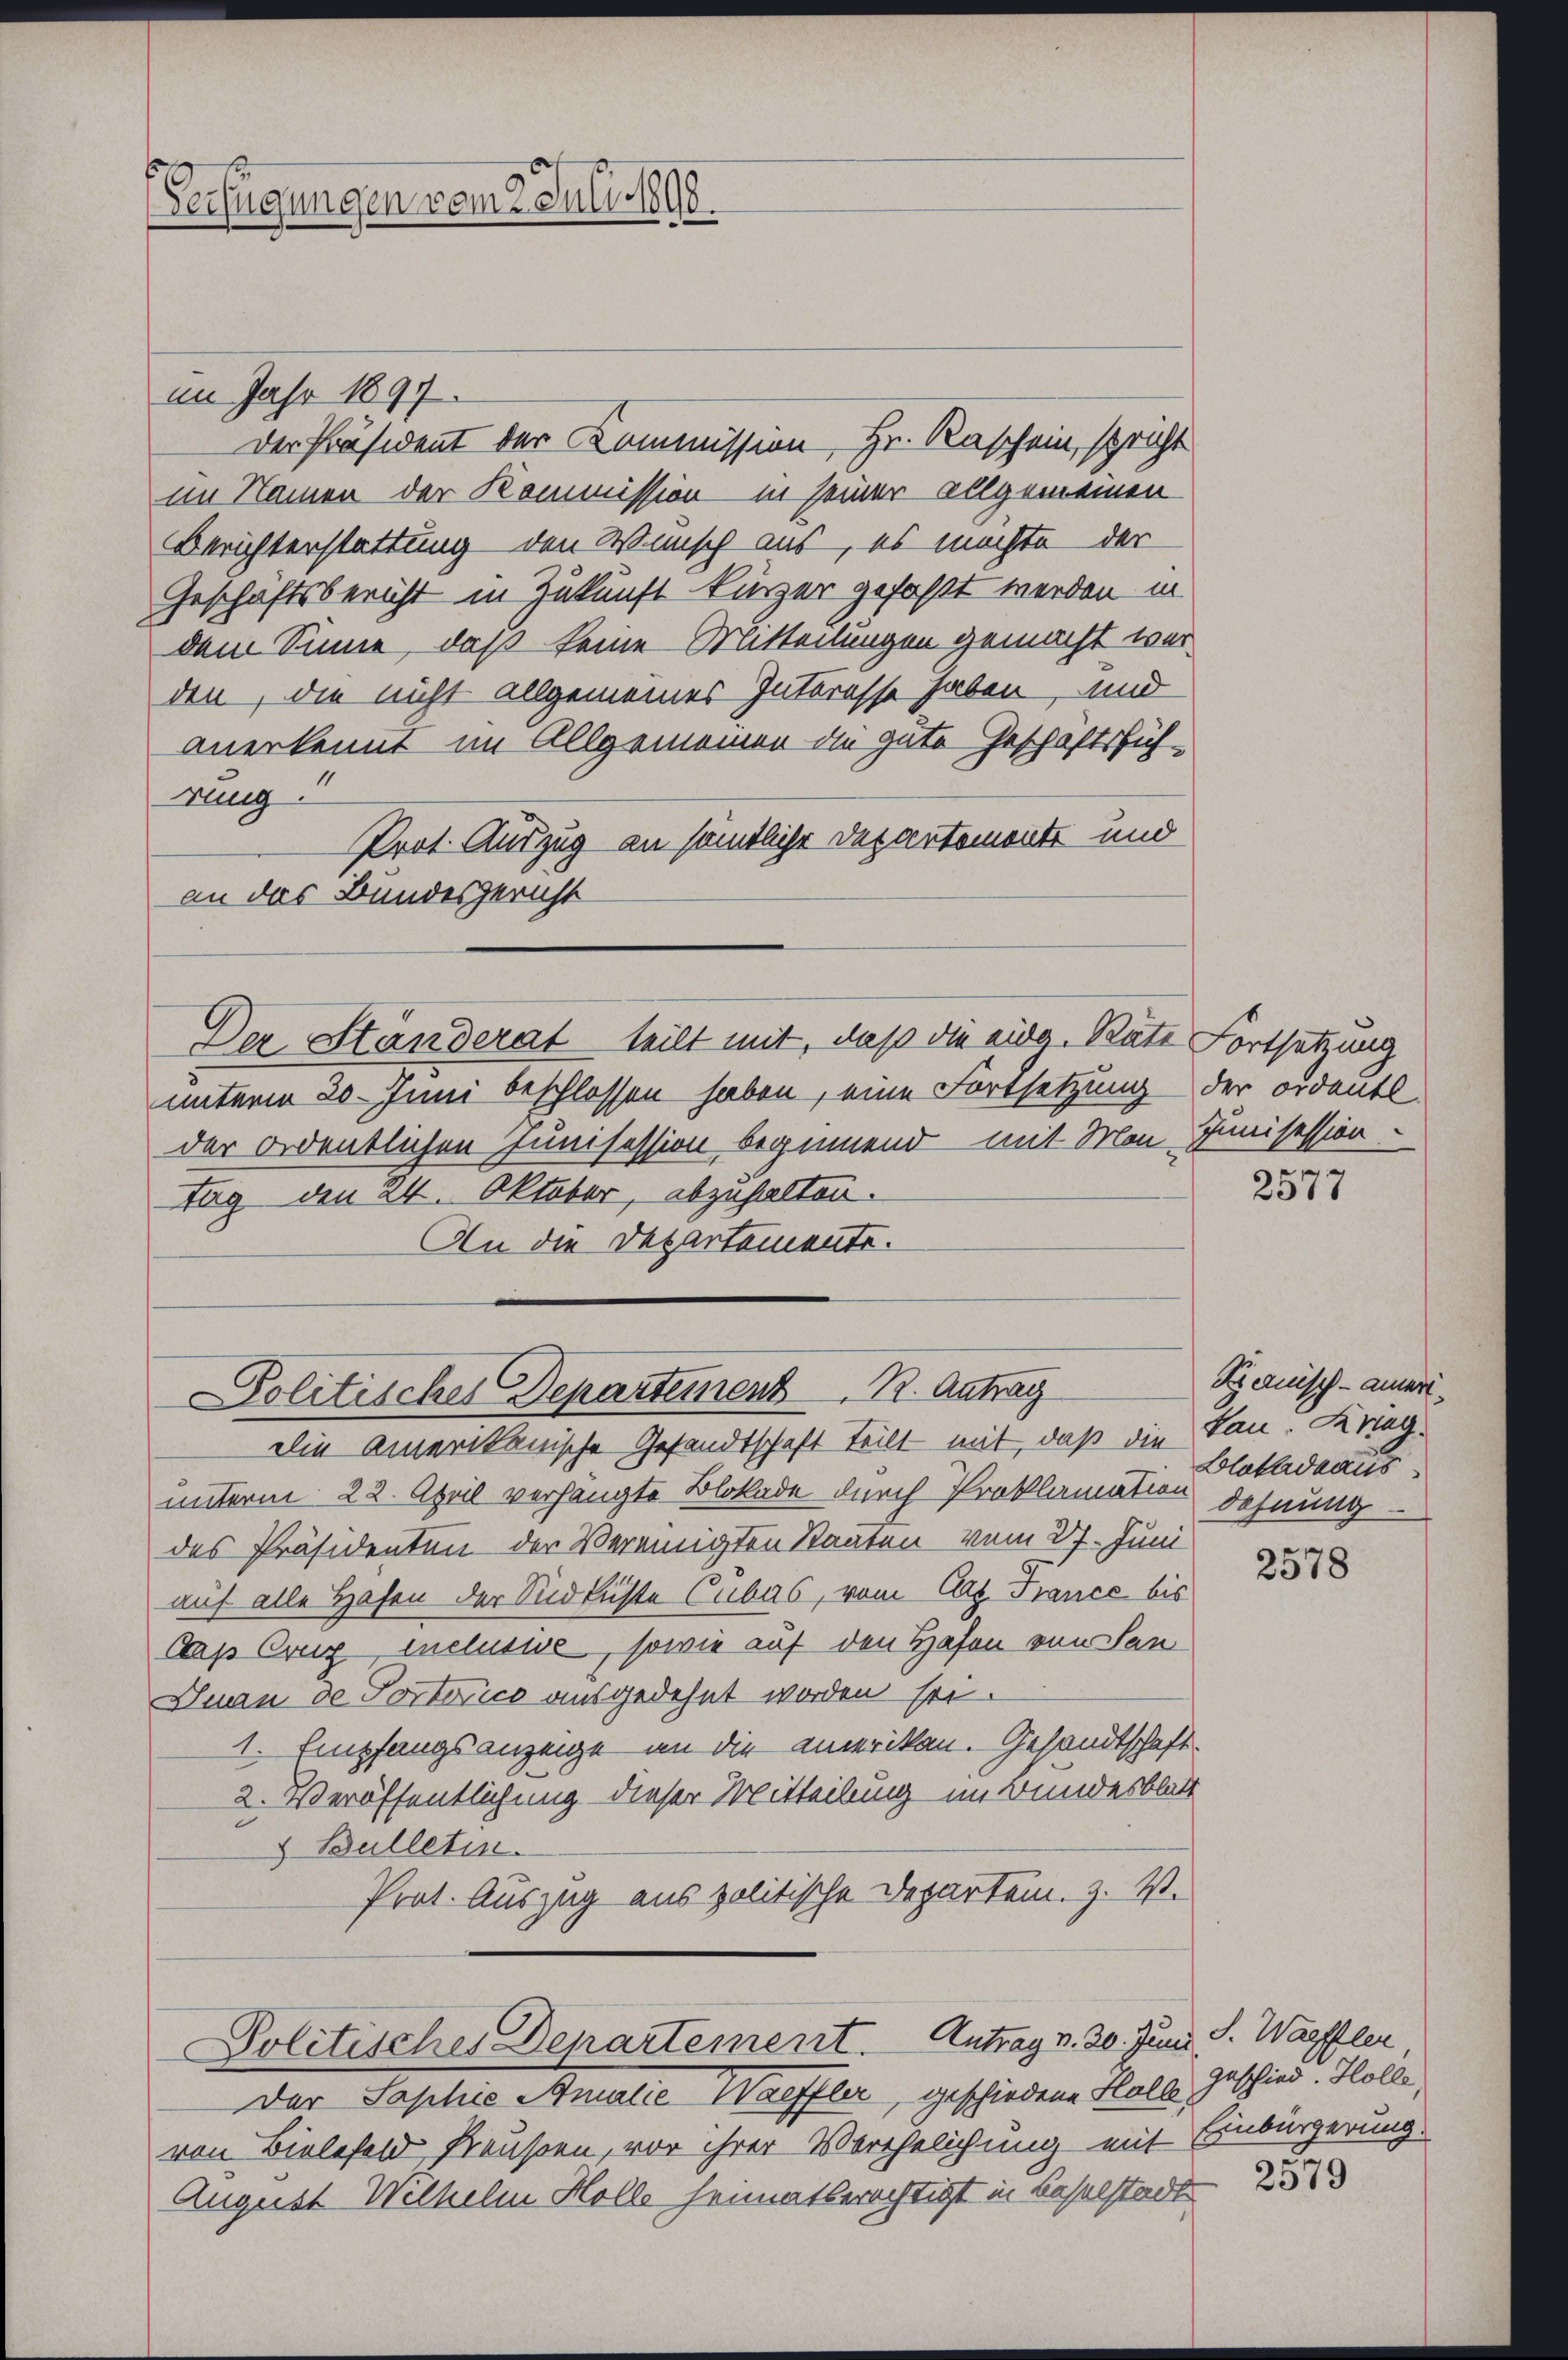
s
Verfügungen vom 2. Juli 1890.

im Jahr 1897.
Der Präsident der Kommission Hr. Raschein, spricht
im Namen der Kommission in seiner allgemeinen
Berichterstattung den Wunsch aus, es möchte der
Geschäftsbericht in Zukunft kürzer gefaßt werden in
dem Sinne, daß keine Mitteilungen gemacht werden, die nicht allgemeines Interesse haben, und
anerkennt im Allgemeinen die gute Geschäftsfüh-
rung.
Prot. Auszug an sämtliche Departemente und
an das Bundesgericht
Der Ständerat teilt mit, daß die eidg. Rate Fortsetzung
unterm 20. Juni beschlossen haben, eine Fortsetzung
der ordentlichen Junisession beginnend mit Mon-
tag den 24. Oktober, abzuhalten.
An die Departemente.

Politisches Departement. Antrag

Politisches Departement. Antrag v. 20. Juni. S. Warffler,

der ordentl
Junisession

Die amerikanische Gesandtschaft teilt mit, daß die San. Kriegunterm 22. April verhängte Blokade durch Proklamation dehnung
des Präsidenten der Vereinigten Staaten vom 27. Juni
auf alle Hafen der Südküste Cubas, vom Art. France bis
Dap Crug inclusive, sowie auf den Hafen von San
Juan de Portorico ausgedehnt worden sei.
1. Empfangsanzeige an die amerikan. Gesandtschaft
2. Veröffentlichung dieser Mitteilung im Bundesblatt
& Bulletin.
Prot. Auszug aus politische Departein. Z. V.

Der Saphie Amalić Waeffler, geschiedene Hals Geschied. Hollvon Bielefeld, Preußen, vor ihrer Verehelichung mit Einbürgerung
August Wilhelm Holle heimatberechtigt in Baselstadt

2577

Spanisch - ameri¬
Blakadeaus

2578

2579